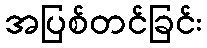
အပြစ်တင်ခြင်း